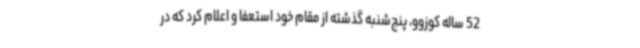
52 ساله کوزوو، پنج‌شنبه گذشته از مقام خود استعفا و اعلام کرد که در